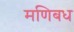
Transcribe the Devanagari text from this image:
मणिबध